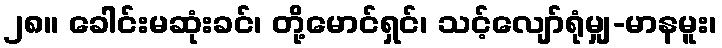
၂၈။ ခေါင်းမဆုံးခင်၊ တို့မောင်ရှင်၊ သင့်လျော်ရုံမျှ-မာနမူး၊